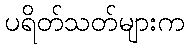
ပရိတ်သတ်များက